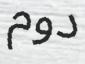
دوم